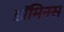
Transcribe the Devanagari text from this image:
डॉमिनस